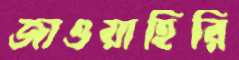
জাওয়াহিরি